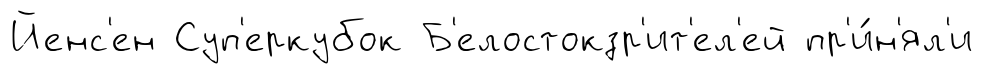
Йенс'ен Суп'еркубок Б'елостокзр'ит'ел'ей пр'и́н'ял'и